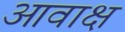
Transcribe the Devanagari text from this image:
आवाक्ष